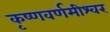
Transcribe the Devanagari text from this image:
कृष्णवर्णमीश्वर